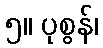
၅။ ပုစွန်၊